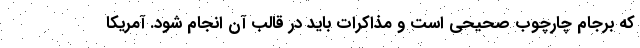
که برجام چارچوب صحیحی است و مذاکرات باید در قالب آن انجام شود. آمریکا